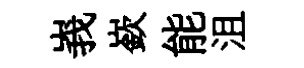
峩嶔能沮